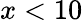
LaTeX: x<10